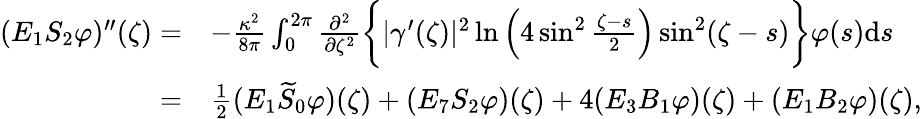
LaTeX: \begin{array}{rl}{(E_{1}S_{2}\varphi)^{\prime\prime}(\zeta)=}&{-\frac{\kappa^{2}}{8\pi}\int_{0}^{2\pi}\frac{\partial^{2}}{\partial{\zeta^{2}}}\biggl\{ |\gamma^{\prime}(\zeta)|^{2}\ln\Big(4\sin^{2}\frac{\zeta-s}{2}\Big)\sin^{2}(\zeta-s)\biggr\} \varphi(s)\mathrm{d}s}\\ {=}&{\frac{1}{2}(E_{1}\widetilde{S}_{0}\varphi)(\zeta)+(E_{7}S_{2}\varphi)(\zeta)+4(E_{3}B_{1}\varphi)(\zeta)+(E_{1}B_{2}\varphi)(\zeta),}\end{array}